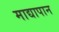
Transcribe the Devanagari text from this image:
माद्यापान